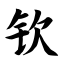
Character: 钦